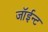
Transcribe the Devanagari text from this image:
जॉईन्ट